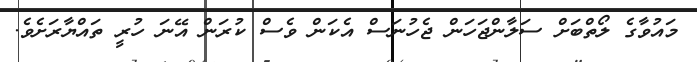
މައުވާގެ ލޯތްބަށް ސަލާންޖަހަން ޖެހުނަސް އެކަން ވެސް ކުރަން އޭނަ ހުރީ ތައްޔާރަށެވެ.